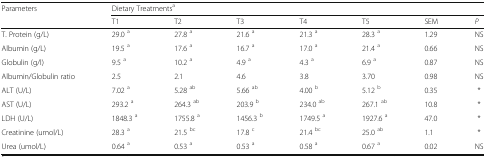
<table><thead><tr><td rowspan="2"><b>Parameters</b></td><td colspan="7"><b>Dietary Treatments<sup>a</sup></b></td></tr><tr><td><b>T1</b></td><td><b>T2</b></td><td><b>T3</b></td><td><b>T4</b></td><td><b>T5</b></td><td><b>SEM</b></td><td><b><i>P</i></b></td></tr></thead><tbody><tr><td>T. Protein (g/L)</td><td>29.0 <sup>a</sup></td><td>27.8 <sup>a</sup></td><td>21.6 <sup>a</sup></td><td>21.3 <sup>a</sup></td><td>28.3 <sup>a</sup></td><td>1.29</td><td>NS</td></tr><tr><td>Albumin (g/L)</td><td>19.5 <sup>a</sup></td><td>17.6 <sup>a</sup></td><td>16.7 <sup>a</sup></td><td>17.0 <sup>a</sup></td><td>21.4 <sup>a</sup></td><td>0.66</td><td>NS</td></tr><tr><td>Globulin (g/l)</td><td>9.5 <sup>a</sup></td><td>10.2 <sup>a</sup></td><td>4.9 <sup>a</sup></td><td>4.3 <sup>a</sup></td><td>6.9 <sup>a</sup></td><td>0.87</td><td>NS</td></tr><tr><td>Albumin/Globulin ratio</td><td>2.5</td><td>2.1</td><td>4.6</td><td>3.8</td><td>3.70</td><td>0.98</td><td>NS</td></tr><tr><td>ALT (U/L)</td><td>7.02 <sup>a</sup></td><td>5.28 <sup>ab</sup></td><td>5.66 <sup>ab</sup></td><td>4.00 <sup>b</sup></td><td>5.12 <sup>b</sup></td><td>0.35</td><td>*</td></tr><tr><td>AST (U/L)</td><td>293.2 <sup>a</sup></td><td>264.3 <sup>ab</sup></td><td>203.9 <sup>b</sup></td><td>234.0 <sup>ab</sup></td><td>267.1 <sup>ab</sup></td><td>10.8</td><td>*</td></tr><tr><td>LDH (U/L)</td><td>1848.3 <sup>a</sup></td><td>1755.8 <sup>a</sup></td><td>1456.3 <sup>b</sup></td><td>1749.5 <sup>a</sup></td><td>1927.6 <sup>a</sup></td><td>47.0</td><td>*</td></tr><tr><td>Creatinine (umol/L)</td><td>28.3 <sup>a</sup></td><td>21.5 <sup>bc</sup></td><td>17.8 <sup>c</sup></td><td>21.4 <sup>bc</sup></td><td>25.0 <sup>ab</sup></td><td>1.1</td><td>*</td></tr><tr><td>Urea (umol/L)</td><td>0.64 <sup>a</sup></td><td>0.53 <sup>a</sup></td><td>0.53 <sup>a</sup></td><td>0.58 <sup>a</sup></td><td>0.67 <sup>a</sup></td><td>0.02</td><td>NS</td></tr></tbody></table>